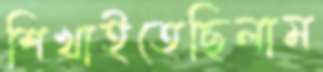
শিখাইতেছিলাম